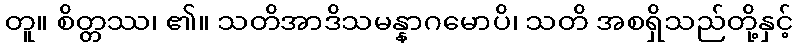
တူ။ စိတ္တဿ၊ ၏။ သတိအာဒိသမန္နာဂမောပိ၊ သတိ အစရှိသည်တို့နှင့်